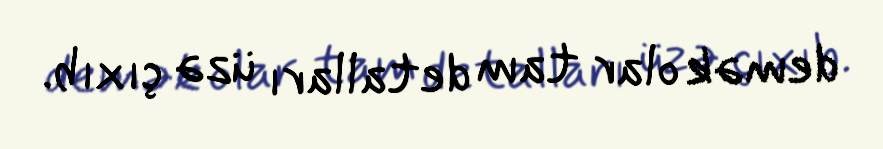
demək olar tam detalları üzə çıxıb.